Civil Veterinary Dept. Bombay admin report 1893-99 - 1893-1899
Year: 1893
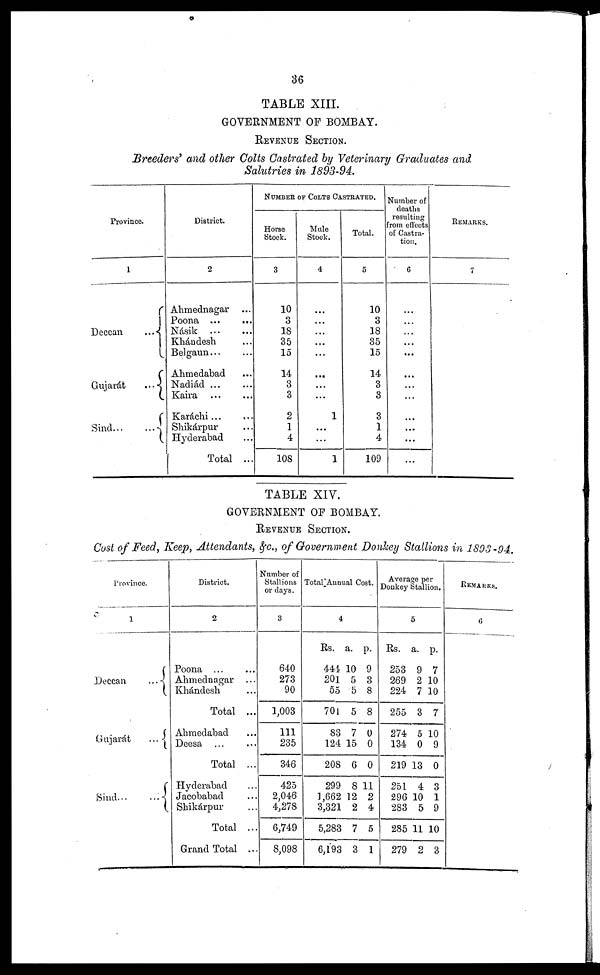
36
TABLE XIII.
GOVERNMENT OF BOMBAY.
REVENUE SECTION.
Breeders' and other Colts Castrated by Veterinary Graduates and
Salutries in 1893-94.
Province.
1
Deccan
...
Gujarát
...
Sind
...
...
District.
2
Ahmednagar ...
Poona
...
...
Násik
...
...
Khándesh ...
Belgaun ... ...
Ahmedabad ...
Nadiád
...
...
Kaira
...
...
Karáchi ... ...
Shikárpur ...
Hyderabad
Total ...
Number of Colts Castrated.
Horse
Stock.
3
10
3
18
35
15
14
3
3
2
1
4
108
Mule
Stock.
4
...
...
...
...
...
...
...
...
1
...
...
1
Total.
5
10
3
18
35
15
14
3
3
3
1
4
109
Number of
deaths
resulting
from effects
of Castra-
tion.
6
...
...
...
...
...
...
...
...
...
...
...
...
REMARKS.
7
TABLE XIV.
GOVERNMENT OF BOMBAY.
REVENUE SECTION.
Cost of Feed, Keep, Attendants, &c., of Government Donkey Stallions in 1893-94.
Province.
1
Deccan
...
Gujarát
...
Sind
...
...
District.
2
Poona
...
...
Ahmednagar ...
Khándesh ...
Total ...
Ahmedabad ...
Deesa
...
...
Total ...
Hyderabad ...
Jacobabad ...
Shikárpur ...
Total ...
Grand Total ...
Number of
Stallions
or days.
3
640
273
90
1,003
111
235
346
425
2,046
4,278
6,749
8,098
Total Annual Cost.
4
Rs.
444
201
55
701
83
124
208
299
1,662
3,321
5,283
6,193
a.
10
5
5
5
7
15
6
8
12
2
7
3
p.
9
3
8
8
0
0
0
11
2
4
5
1
Average per
Donkey Stallion.
5
Rs.
253
269
224
255
274
134
219
251
296
283
285
279
a.
9
2
7
3
5
0
13
4
10
5
11
2
p.
7
10
10
7
10
9
0
3
1
9
10
3
REMARKS.
6